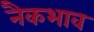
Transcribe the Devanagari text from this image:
नैकभाव